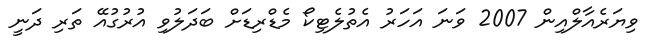
ވިޔަރެއާލްއިން 2007 ވަނަ އަހަރު އެތުލެޓިކޯ މެޑްރިޑަށް ބަދަލުވި އުރުގުއޭ ތަރި ދަނީ